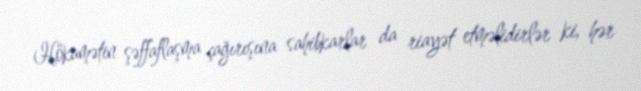
Hökumətin şəffaflaşma çağırışına sahibkarlar da riayət etməlidirlər ki, hər